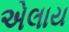
એલાય